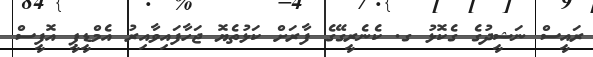
ރައީސް ނަޝީދުގެ ގެކޮޅު ގ. ކެނެރީގޭގެ ފާރަށް ކަޅުތެޔޮ ޖަހާފައިވާއިރު އެމްޑީޕީ އޮފީސް